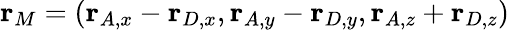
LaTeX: \mathbf{r}_{M}=(\mathbf{r}_{A,x}-\mathbf{r}_{D,x},\mathbf{r}_{A,y}-\mathbf{r}_{D,y},\mathbf{r}_{A,z}+\mathbf{r}_{D,z})